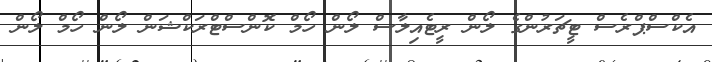
އެކްސްޕްރެސް ޓީޗަރުންގެ ލޯން ރީޓެއިލާސް ލޯން ހޯމް ކޮންސްޓްރަކްޝަން ލޯން ހޯމް ލޯން